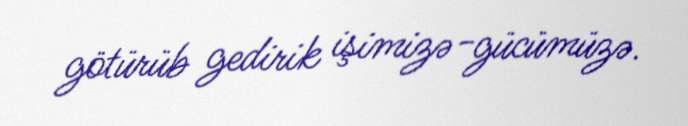
götürüb gedirik işimizə-gücümüzə.